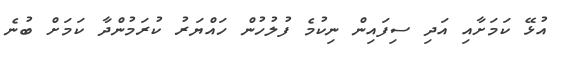
އުޅޭ ކަމަށާއި އަދި ސިފައިން ނިކުމެ ފުލުހުން ހައްޔަރު ކުރަމުންދާ ކަމަށް ބުނެ